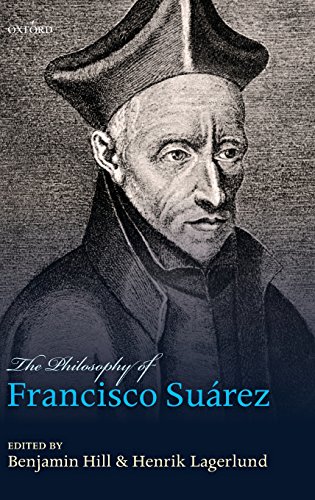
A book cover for The Philosophy of Francisco Suarez; Politics & Social Sciences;